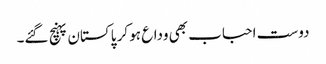
دوست احباب بھی وداع ہو کر پاکستان پہنچ گئے۔